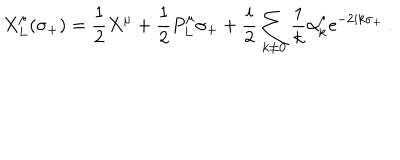
LaTeX: X _ { L } ^ { \mu } ( \sigma _ { + } ) = \frac { 1 } { 2 } X ^ { \mu } + \frac { 1 } { 2 } P _ { L } ^ { \mu } \sigma _ { + } + \frac { i } { 2 } \sum _ { k \neq 0 } \frac { 1 } { k } \alpha _ { k } ^ { \mu } \mathrm { e } ^ { - 2 i k \sigma _ { + } } \, .